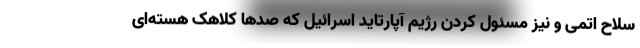
سلاح اتمی و نیز مسئول کردن رژیم آپارتاید اسرائیل که صدها کلاهک هسته‌ای